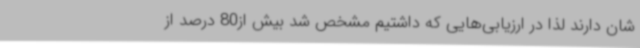
شان دارند لذا در ارزیابی‌هایی که داشتیم مشخص شد بیش از80 درصد از